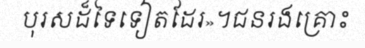
បុរសដ៏ទៃទៀតដែរ»។ជនរងគ្រោះ